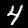
Label: 4